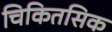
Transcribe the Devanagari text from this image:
चिकितसिक